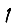
Digit: 1